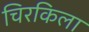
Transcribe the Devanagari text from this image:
चिरकिला